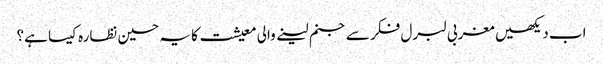
اب دیکھیں مغربی لبرل فکر سے جنم لینے والی معیشت کا یہ حسین نظارہ کیسا ہے؟